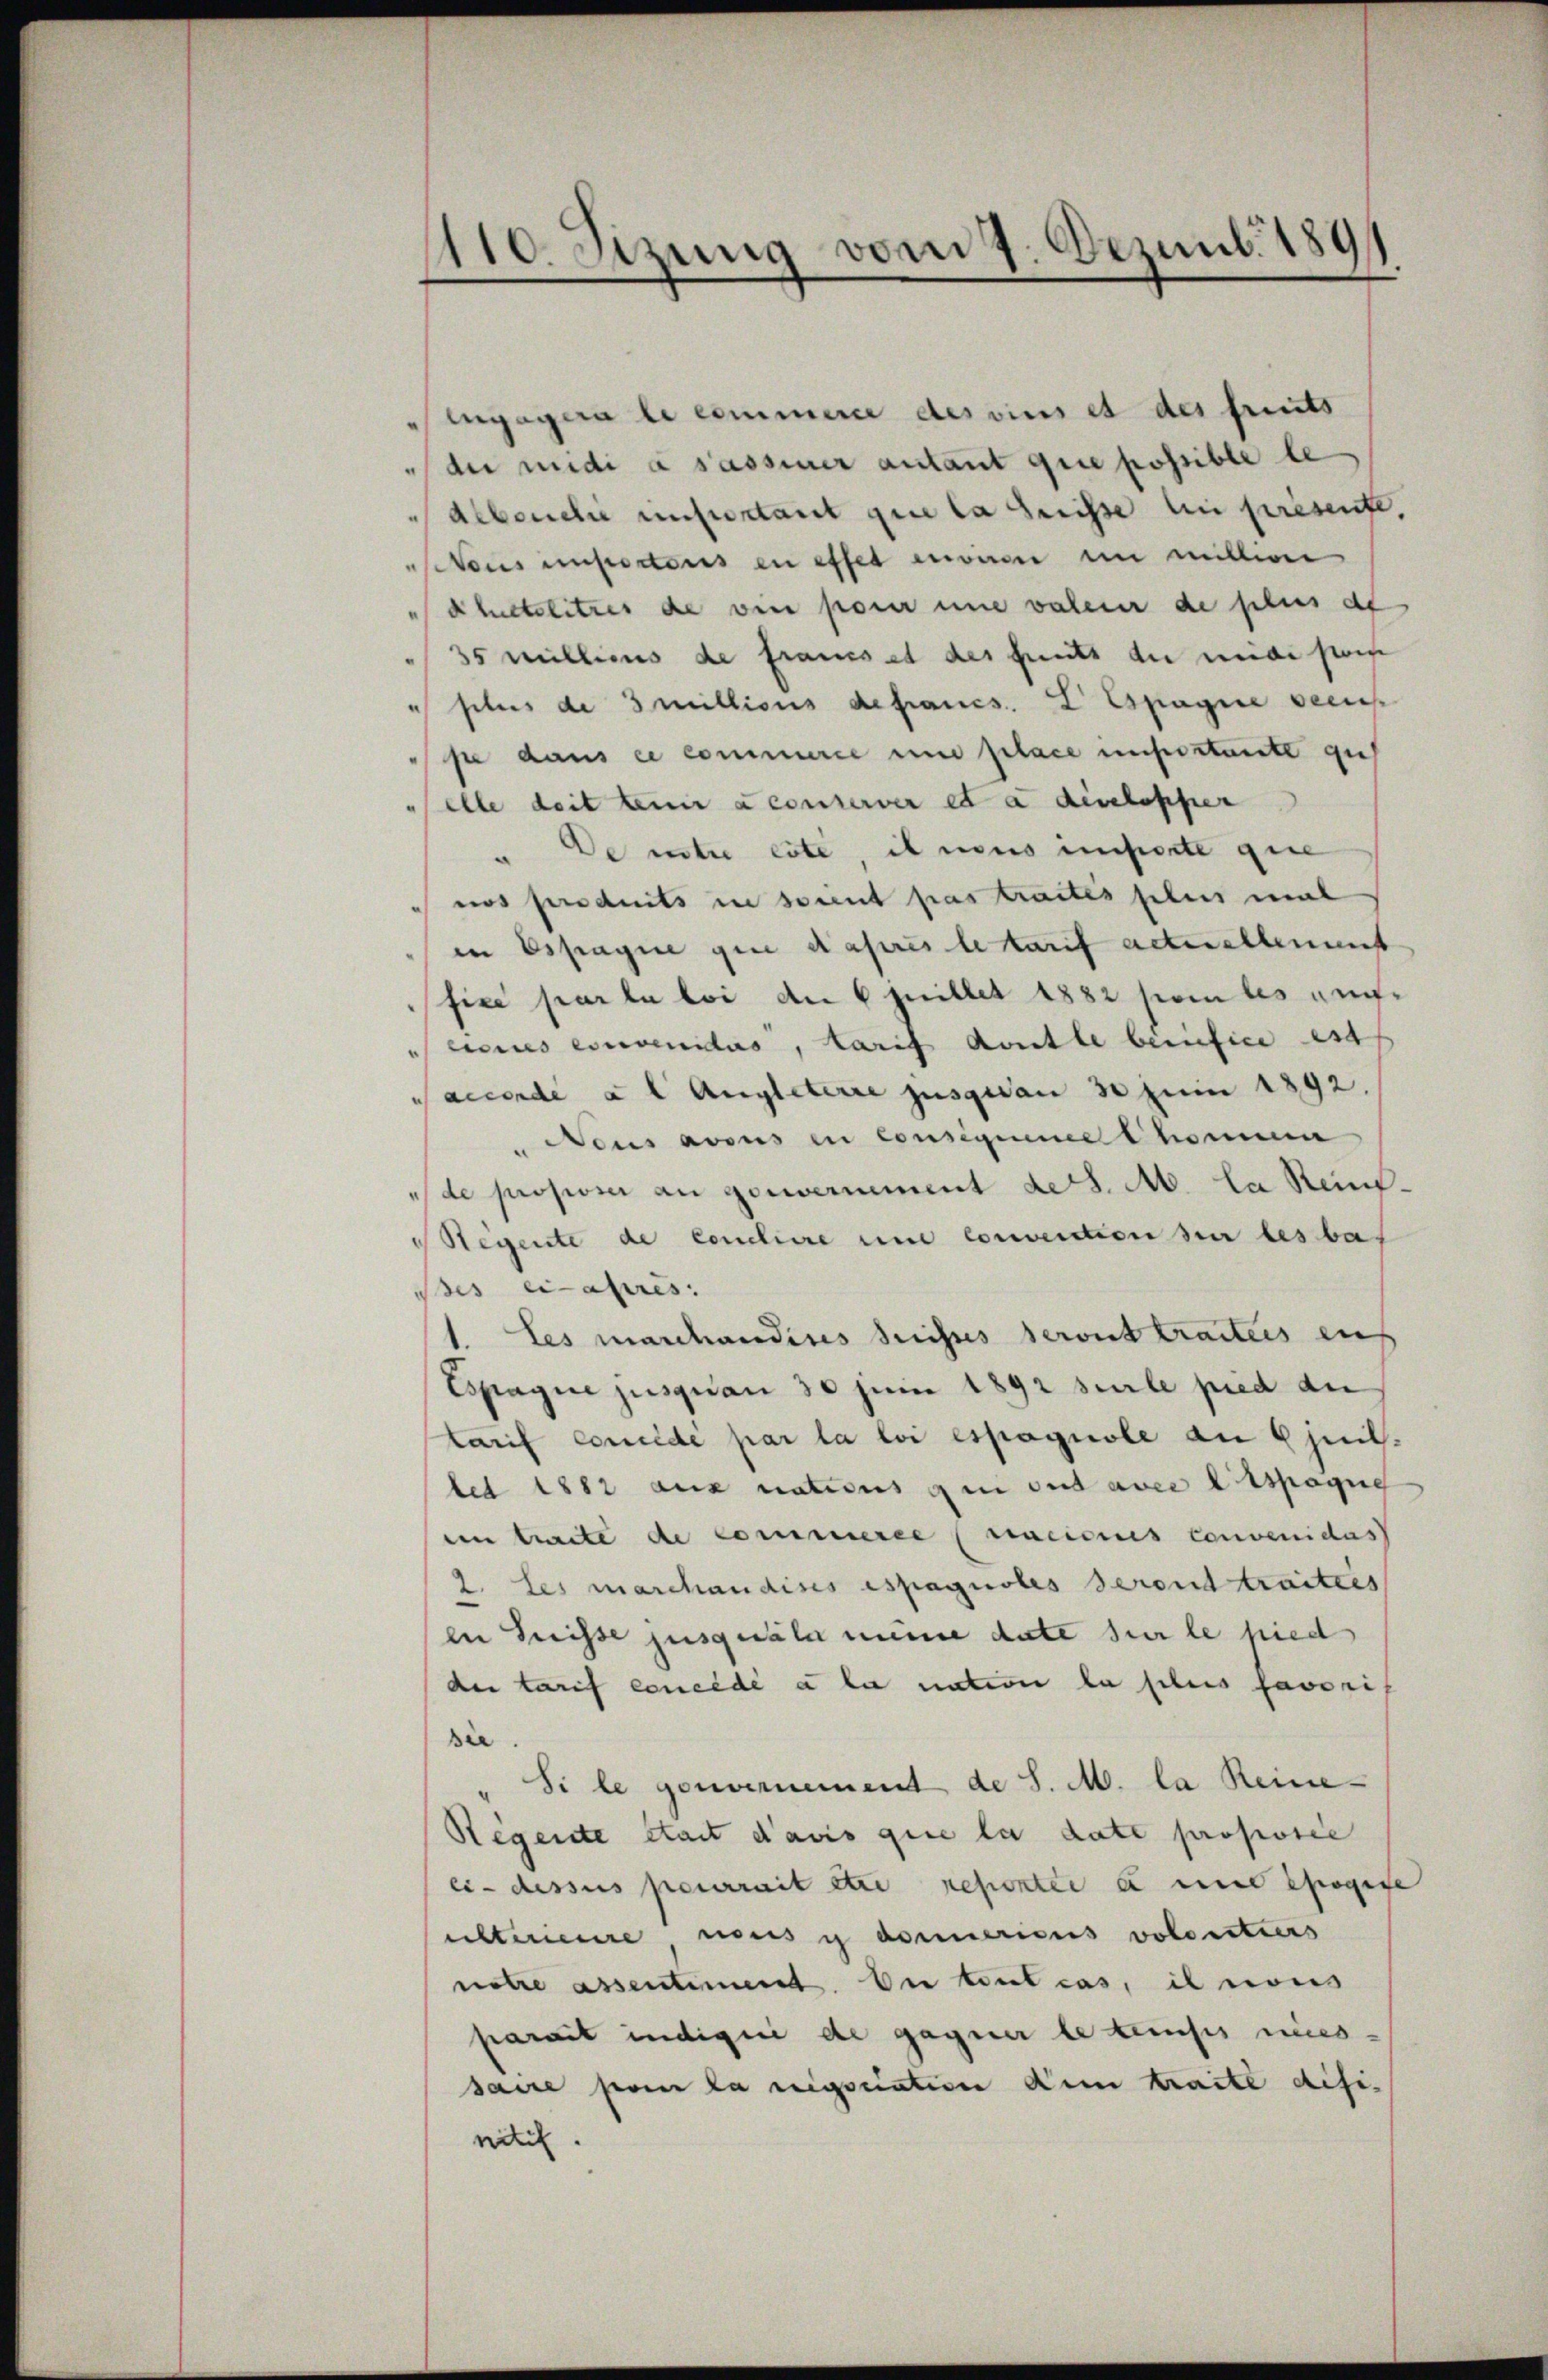
1110. Sizung vom 7. Dezemb. 189

Engagera le commerce des vinis et des freits
dimidi a sassener autant que possible le
Alboneli unsertant que la heisse en présente,
sitens emportens in effet enviren in millerer
dhetelitres de vier parer une valen de plus de
35 millions de francs et des fants der müde sein
sches de millions de francs. 2 Espagnie seines
se dans ce commerce und gelace unbestante gut
elle deit teuer a conterver et a dislosser
" De untre este, il neus imperte gie
nos produits in sorent pas traités plus mal
in Espagnie gene dass letarif acturellement
fice par la loi de 6 juillet 1882 poi les aufecies einvenidus, tarif dritte berifice est
Saccordé a l Angleterie jusquan 30 Juni 1892.
Nous avous in Consigine thommen
 de proposer an gouvernement des. M. la Rein¬
Regente de Conclure und convention hier les bas
Bes ci-après.
Les manchandises Suisses seront tractes auf
Espagne jusquan 30 Juni 1892 sur le pied de
tarif comide par la loi espagnole am 6 juil.
let 1882 aus nations qui ont avec lispagne
en traite de Commisse seines convenicas
2. Les marchandises espaguoles seront traitées
en Preisse jusquale meine date sur le pied
der tarif erneldé a la nation la plus favore
sie
Si le gouvernement de S. M. la Reine-
Regente stait d’avis que la date proposie
ei- dessus pourrait etc neportée a und sogene
isteriere nous u donnericus volontiers
notre assentiment. De tout cas, il nous
pareit indique de gagner le tenuss nies-
saire par la rigsciation dem traite difinitif.